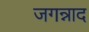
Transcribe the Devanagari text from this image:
जगन्नाद